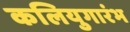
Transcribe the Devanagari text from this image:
कलियुगारंभ